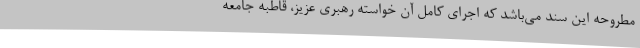
مطروحه این سند می‌باشد که اجرای کامل آن خواسته رهبری عزیز، قاطبه جامعه